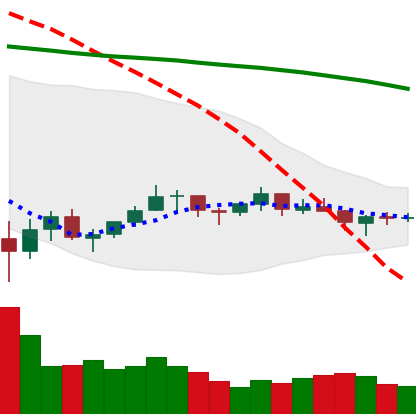
Ticker: LTC-USD
Chart end date: 2021-07-11
Forward return: -9.836%
Label: down_7plus